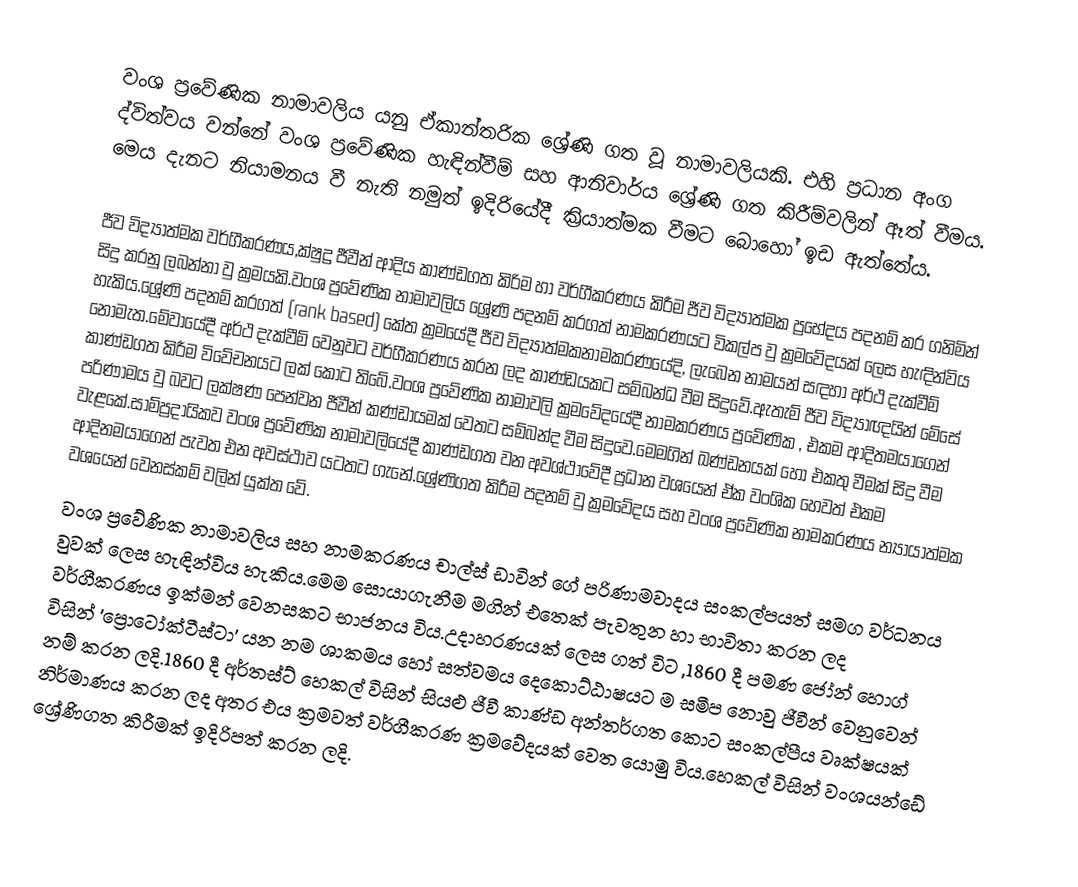
වංශ ප්‍රවේණික නාමාවලිය යනු ඒකාන්තරික ශ්‍රේණි ගත වූ නාමාවලියකි. එහි ප්‍රධාන අංග ද්විත්වය වන්නේ වංශ ප්‍රවේණික හැඳින්වීම් සහ ආනිවාර්ය ශ්‍රේණි ගත කිරීම්වලින් ඈත් වීමය. මෙය දැනට නියාමනය වී නැති නමුත් ඉදිරියේදී ක්‍රියාත්මක වීමට බොහෝ ඉඩ ඇත්තේය.

ජීව විද්‍යාත්මක වර්ගීකරණය,ක්ෂුද්‍ර ජීවීන් ආදිය කාණ්ඩගත කිරිම හා වර්ගීකරණය කිරීම ජීව විද්‍යාත්මක ප්‍රභේදය පදනම් කර ගනිමින් සිදු කරනු ලබන්නා වු ක්‍රමයකි.වංශ ප්‍රවේණික නාමාවලිය ශ්‍රේණි පදනම් කරගත් නාමකරණයට විකල්ප වු ක්‍රමවේදයක් ලෙස හැඳින්විය හැකිය.ශ්‍රේණි පදනම් කරගත් (rank based) කේත ක්‍රමයේදී ජීව විද්‍යාත්මකනාමකරණයේදි, ලැබෙන නාමයන් සඳහා අර්ථ දැක්වීම් නොමැත.මේවායේදී අර්ථ දැක්වීම් වෙනුවට වර්ගීකරණය කරන ලද කාණ්ඩයකට සම්බන්ධ වීම සිදුවේ.ඇතැම් ජීව විද්‍යාඥයින් මේසේ කාණ්ඩගත කිරීම විවේචනයට ලක් කොට තිබේ.වංශ ප්‍රවේණික නාමාවලි ක්‍රමවේදයේදී නාමකරණය ප්‍රවේණික , එකම ආදිතමයාගෙන් පරිණාමය වු බවට ලක්ෂණ පෙන්වන ජීවීන් කණ්ඩායමක් වෙතට සම්බන්ද වීම සිදුවෙ.මෙමගින් ඛණ්ඩනයක් හෝ එකතු වීමක් සිදු වීම වැළකේ.සාම්ප්‍රදායිකව වංශ ප්‍රවේණික නාමාවලියේදී කාණ්ඩගත වන අවශ්ථාවේදී ප්‍රධාන වශයෙන් ඒක වංශික හෙවත් එකම ආදිනමයාගෙන් පැවත එන අවස්ථාව යටතට ගැනේ.ශ්‍රේණිගත කිරීම පදනම් වු ක්‍රමවේදය සහ වංශ ප්‍රවේණික නාමකරණය න්‍යායාත්මක වශයෙන් වෙනස්කම් වලින් යුක්ත වේ.
වංශ ප්‍රවේණික නාමාවලිය සහ නාමකරණය චාල්ස් ඩාවින් ගේ පරිණාමවාදය සංකල්පයත් සමග වර්ධනය වුවක් ලෙස හැඳින්විය හැකිය.මෙම සොයාගැනීම මගින් එතෙක් පැවතුන හා භාවිතා කරන ලද වර්ගීකරණය ඉක්මන් වෙනසකට භාජනය විය.උදාහරණයක් ලෙස ගත් විට ,1860 දී පමණ ජෝන් හොග් විසින් 'ප්‍රොටෝක්ටීස්ටා' යන නම ශාකමය හෝ සත්වමය දෙකොට්ඨාෂයට ම සමීප නොවු ජීවීන් වෙනුවෙන් නම් කරන ලදි.1860 දී අර්තස්ට් හෙකල් විසින් සියළු ජීවී කාණ්ඩ අන්තර්ගත කොට සංකල්පීය වෘක්ෂයක් නිර්මාණය කරන ලද අතර එය ක්‍රමවත් වර්ගීකරණ ක්‍රමවේදයක් වෙත යොමු විය.හෙකල් විසින් වංශයන්ඩේ ශ්‍රේණිගත කිරීමක් ඉදිරිපත් කරන ලදි.